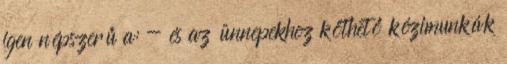
igen népszerű a: - és az ünnepekhez köthető kézimunkák